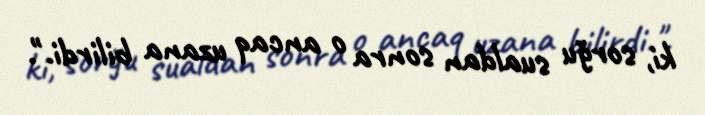
ki, sorğu sualdan sonra o ancaq uzana bilirdi.".